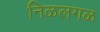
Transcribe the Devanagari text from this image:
निळलगळ